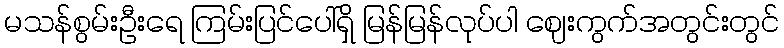
မသန်စွမ်းဦးရေ ကြမ်းပြင်ပေါ်ရှိ မြန်မြန်လုပ်ပါ ဈေးကွက်အတွင်းတွင်